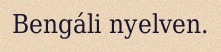
Bengáli nyelven.